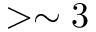
> \sim 3